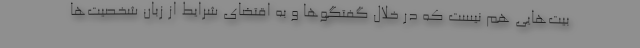
بیت‌هایی هم نیست که در خلال گفتگوها و به اقتضای شرایط از زبان شخصیت‌ها